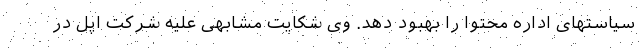
سیاستهای اداره محتوا را بهبود دهد. وی شکایت مشابهی علیه شرکت اپل در